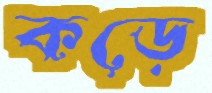
কড়ে